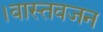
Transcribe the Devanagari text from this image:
।वास्तवजन